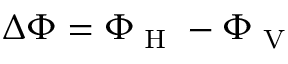
\Delta \Phi = \Phi _ { \textrm { H } } - \Phi _ { \textrm { V } }